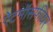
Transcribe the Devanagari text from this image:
ऐटमॉसफीयर